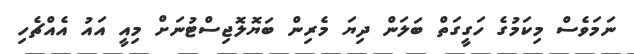
ނަމަވެސް މިކަމުގެ ހަގީގަތް ބަލަން ދިޔަ މެރިން ބަޔޮލޮޖިސްޓުނަށް މިއީ އައު އެއްޗެހި